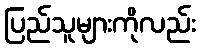
ပြည်သူများကိုလည်း